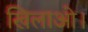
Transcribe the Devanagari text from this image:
खिलाओ।